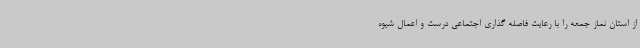
از استان نماز جمعه را با رعایت فاصله گذاری اجتماعی درست و اعمال شیوه